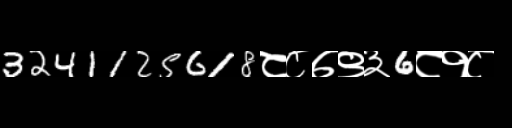
Text: 3241125618८८७९३6८१८